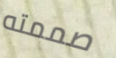
صممته